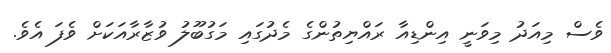
ވެސް މިއަދު މިވަނީ އިންޑިއާ ރައްޔިތުންގެ މެދުގައި މަގުބޫލު ވުޒާރާއަކަށް ވެފަ އެވެ.